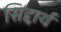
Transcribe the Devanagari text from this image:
सिद्दार्थ